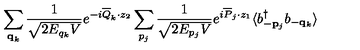
\sum _ { { \bf q } _ { k } } \frac { 1 } { \sqrt { 2 E _ { q _ { k } } V } } e ^ { - i \overline { { Q } } _ { k } \cdot z _ { 2 } } \sum _ { p _ { j } } \frac { 1 } { \sqrt { 2 E _ { p _ { j } } V } } e ^ { i \overline { { P } } _ { j } \cdot z _ { 1 } } \langle b _ { - { \bf p } _ { j } } ^ { \dagger } b _ { - { \bf q } _ { k } } \rangle